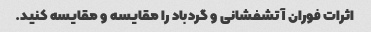
اثرات فوران آتشفشانی و گردباد را مقایسه و مقایسه کنید.